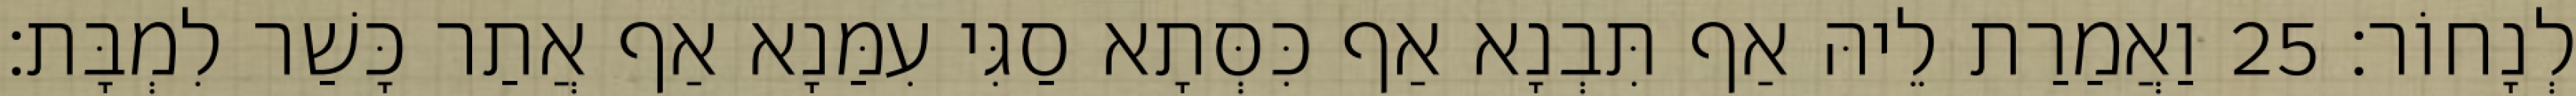
לְנָחוֹר׃ 25 וַאֲמַרַת לֵיהּ אַף תִּבְנָא אַף כִּסְּתָא סַגִּי עִמַּנָא אַף אֲתַר כָּשַׁר לִמְבָּת׃